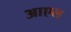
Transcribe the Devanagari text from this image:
आएल